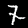
Label: 7